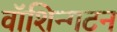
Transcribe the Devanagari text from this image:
वॉशिन्गटन